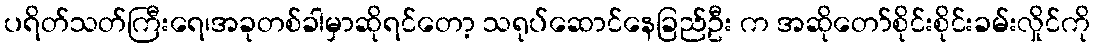
ပရိတ်သတ်ကြီးရေ၊အခုတစ်ခါမှာဆိုရင်တော့ သရုပ်ဆောင်နေခြည်ဦး က အဆိုတော်စိုင်းစိုင်းခမ်းလှိုင်ကို